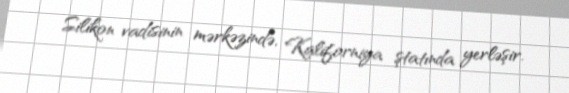
Silikon vadisinin mərkəzində, Kaliforniya ştatında yerləşir.